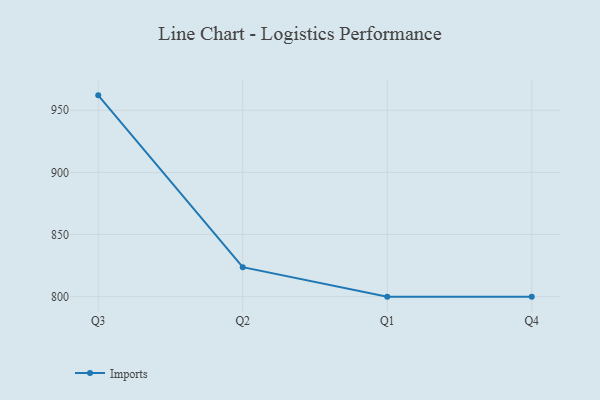
{"axis": {"x": "Quarter", "y": "LTV (USD)"}, "legend": ["Imports"], "data": [{"x": "Q3", "y": 962.0, "type": "Imports"}, {"x": "Q2", "y": 823.7, "type": "Imports"}, {"x": "Q1", "y": 800, "type": "Imports"}, {"x": "Q4", "y": 800, "type": "Imports"}]}